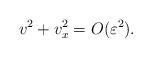
LaTeX: \begin{align*}v^2+v_x^2=O(\varepsilon^2).\end{align*}